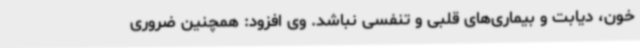
خون، دیابت و بیماری‌های قلبی و تنفسی نباشد. وی افزود: همچنین ضروری